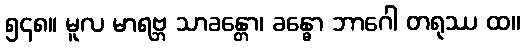
၅၄၈။ မူလ မာရဗ္ဘ သာခန္တော၊ ခန္ဓော ဘာဂေါ တရုဿ ထ။